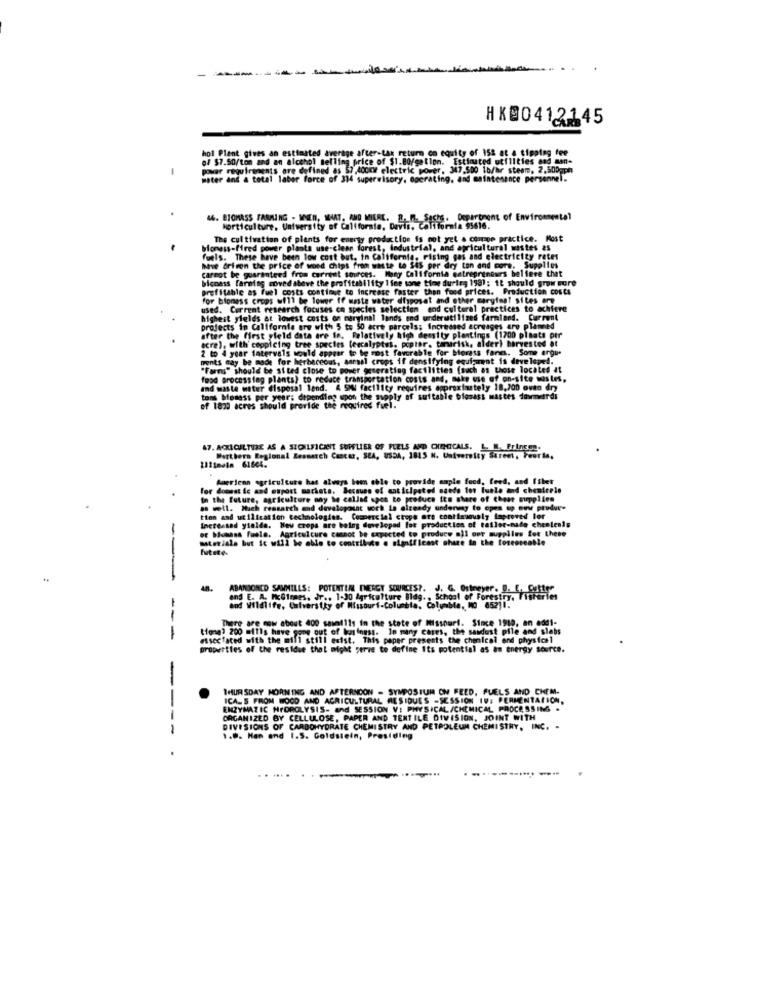
-
HK@0412145
hol Plant gives an estimated average after-tax return on equity of 152 at a tipping fee
of $7.50/ton and an alcohol selling price of $1.80/gallon. Estimated utilities and man-
power requirements are defined as 57,look electric power, 347,500 1b/lr steam, 2.500gpm
water and & total labor force of 314 supervisory, operating, and maintenance personnel.
44. BIOMASS FARMING - MEN, WHAT, AND MIERE. R. M. Sach. Department of Environmental
Department of Environmental
horticulture, University of California, Davis, California 95616.
The cultivation of plants for energy production is not yet a compe practice. Most
bloness-fired power plants use-clean forest, Industrial, and agricultural wastes as
fuels. These have been low cost but, in California, rising gas and electricity rates
hve Grisen the price of wood Chips from waste to $45 per dry ton and core. Supplies
carmot be guaranteed from current sources. Many California entrepreneurs believe that
bicnass [arning moved above the profitability 1 fee sone time during 198): 12 should grow more
profitable as fuel costs continue to increase faster than food prices. Production costs
for biomass crops will be lower ff waste water disposal and other carying! sites are
used. Current research focuses co species selection and cultural practices to achieve
highest yields at lowest costs on marginal lands end underutilized farmiand. Current
projects in California are with 5 to 50 acre parcels; Increased acreages are planned
after the first yield data are fe. Felatively high density plantings (1700 plaats ptr
acre), with' ceppicing tree species (escalyptus, poplar. tamarisk, alder) harvested at
2 to 4 year latervels
2 to 4 year latervals would appear to be most favorable for Morass fare. Some argue
ments may be made for herbaceous, annual crops if densifying equipment is developed.
"Farms" should be sited close to pover generating facilities (such as those located at
food processing plants) to reduce transportation costs and, make use of on-site wastes,
and waste water disposal lend. 4 5MW facility requires approximately 18,700 oven dry
tons Momess per year; depending upon the supply of suitable blosass mastes dowmerdi
of 1820 acres should provide the required fuel.
47. ACKICULTURE AS A SIOILFICANT SUPFLIER OF PLELS AND CHE-CICALS. L. M. Princes.
Werthers Regional Zesmatch Cancer, SEA, USSA, 1815 N. University Street, Feeria,
21isesin 61604.
American agriculture has always been able to provide ample fond, feed, and filet
For domestic and oupost machote. Because of anticipated naede tot lunle and chemieele
In the future, agriculture ony be called upon to produce ito share of Cheer supplies
. well. Mich ressarth and developasat work is already undermy to open up evw produce
Increased yielde. Neu crops are being developed for production of tailor-made chentenis
tion and utilisation technologies. Commercial crepe are continuously Improved ler
er bomass fuele. Agriculture cannot be expected to produce all out supplies fot these
materiale but it will be able to contribute . significant share in the forcescable
luitste-
---
ABANDONED SAWMILLS: POTENTIAL ENERGY SOURCES ?. J. G. Ottnever. I. C.C.72
and E. A. McGinmes, Jr .. 1-30 Agriculture Blag .. School of Forestry
and Wildlife, Caiversiky of Missouri-Columbia, Columbie, MO 652)1.
--
There are cow about 400 sawmills in the state of Missouri. Since 1919, an add1-
tiong? 200 mills have gone out of business. In many cases, the sawdust pile and slabs
essecfaced with the mill still exist. This paper presents the chemical and physics1
tiong? 200 milis have gone out of lisi
properties of the residue that might serve to define Its potential as an energy source.
THURSDAY MORNING AND AFTERNOON - SYMPOSIUM OM FEED, FUELS AND CHEM-
ICA_S FROM WOOD AND AGRICULTURAL RESIDUES -SESSION ID: FERMENTATION.
ENZYMATIC HYDROLYSIS- and SESSION V: PHYSICAL /CHEMICAL PROCESSING .
ORGANIZED BY CELLULOSE, PAPER AND TEXTILE DIVISION, JOINT WITH
-
DIVISIONS OF CARBOHYDRATE CHEMISTRY AND PETROLEUM CHEMISTRY, INC. -
1.0. Han and I.S. Goldstein, Presiding